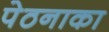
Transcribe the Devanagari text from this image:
पेठनाका